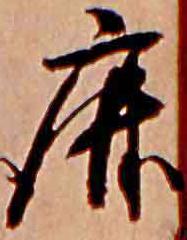
鹿